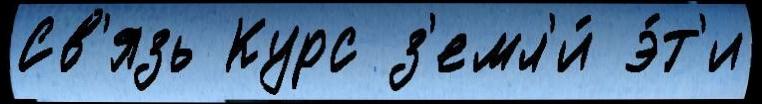
Св'язь Курс з'емл'и́ э́т'и